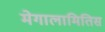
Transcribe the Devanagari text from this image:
मेगालामितिस